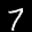
Label: 7